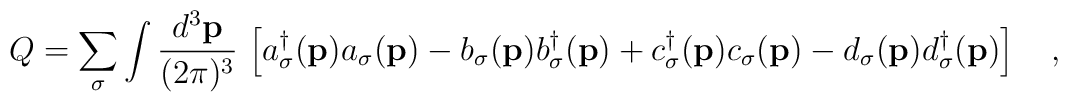
Q=\sum_\sigma \int \frac{d^3 {\bf p}}{(2\pi)^3} \, \left [a_\sigma^\dagger ({\bf p}) a_\sigma ({\bf p}) -b_\sigma ({\bf p}) b_\sigma^\dagger ({\bf p}) +c_\sigma^\dagger ({\bf p}) c_\sigma ({\bf p}) -d_\sigma ({\bf p}) d_\sigma^\dagger ({\bf p})\right ]\quad,